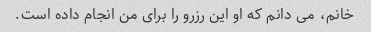
خانم، می دانم که او این رزرو را برای من انجام داده است.